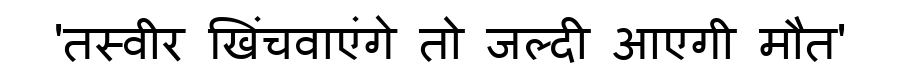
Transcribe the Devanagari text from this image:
'तस्वीर खिंचवाएंगे तो जल्दी आएगी मौत'